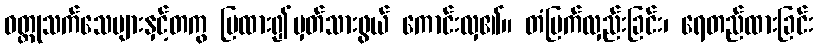
ဝတ္ထုသက်သေများနှင့်တကွ ပြထား၍မှတ်သားဖွယ် ကောင်းလှ၏။ တံမြက်လှည်းခြင်း၊ ရေတည်ထားခြင်း